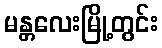
မန္တလေးမြို့တွင်း